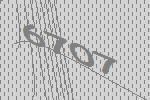
6707